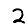
Digit: 2